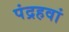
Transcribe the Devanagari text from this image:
पंद्रहवां